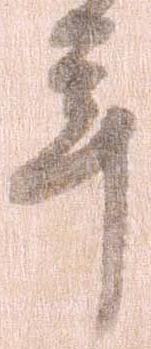
年